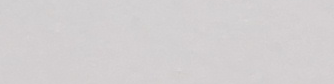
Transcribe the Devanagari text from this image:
माथि